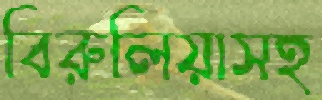
বিরুলিয়াসহ